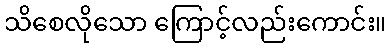
သိစေလိုသော ကြောင့်လည်းကောင်း။